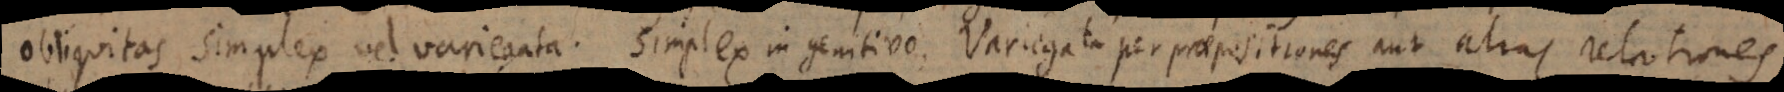
Obliquitas simplex vel variegata. Simplex in genitivo. Variegata per praepositiones aut alias relationes.